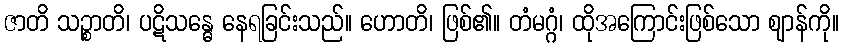
ဇာတိ သဉ္စာတိ၊ ပဋိသန္ဓေ နေရခြင်းသည်။ ဟောတိ၊ ဖြစ်၏။ တံမဂ္ဂံ၊ ထိုအကြောင်းဖြစ်သော ဈာန်ကို။